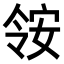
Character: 𫣃